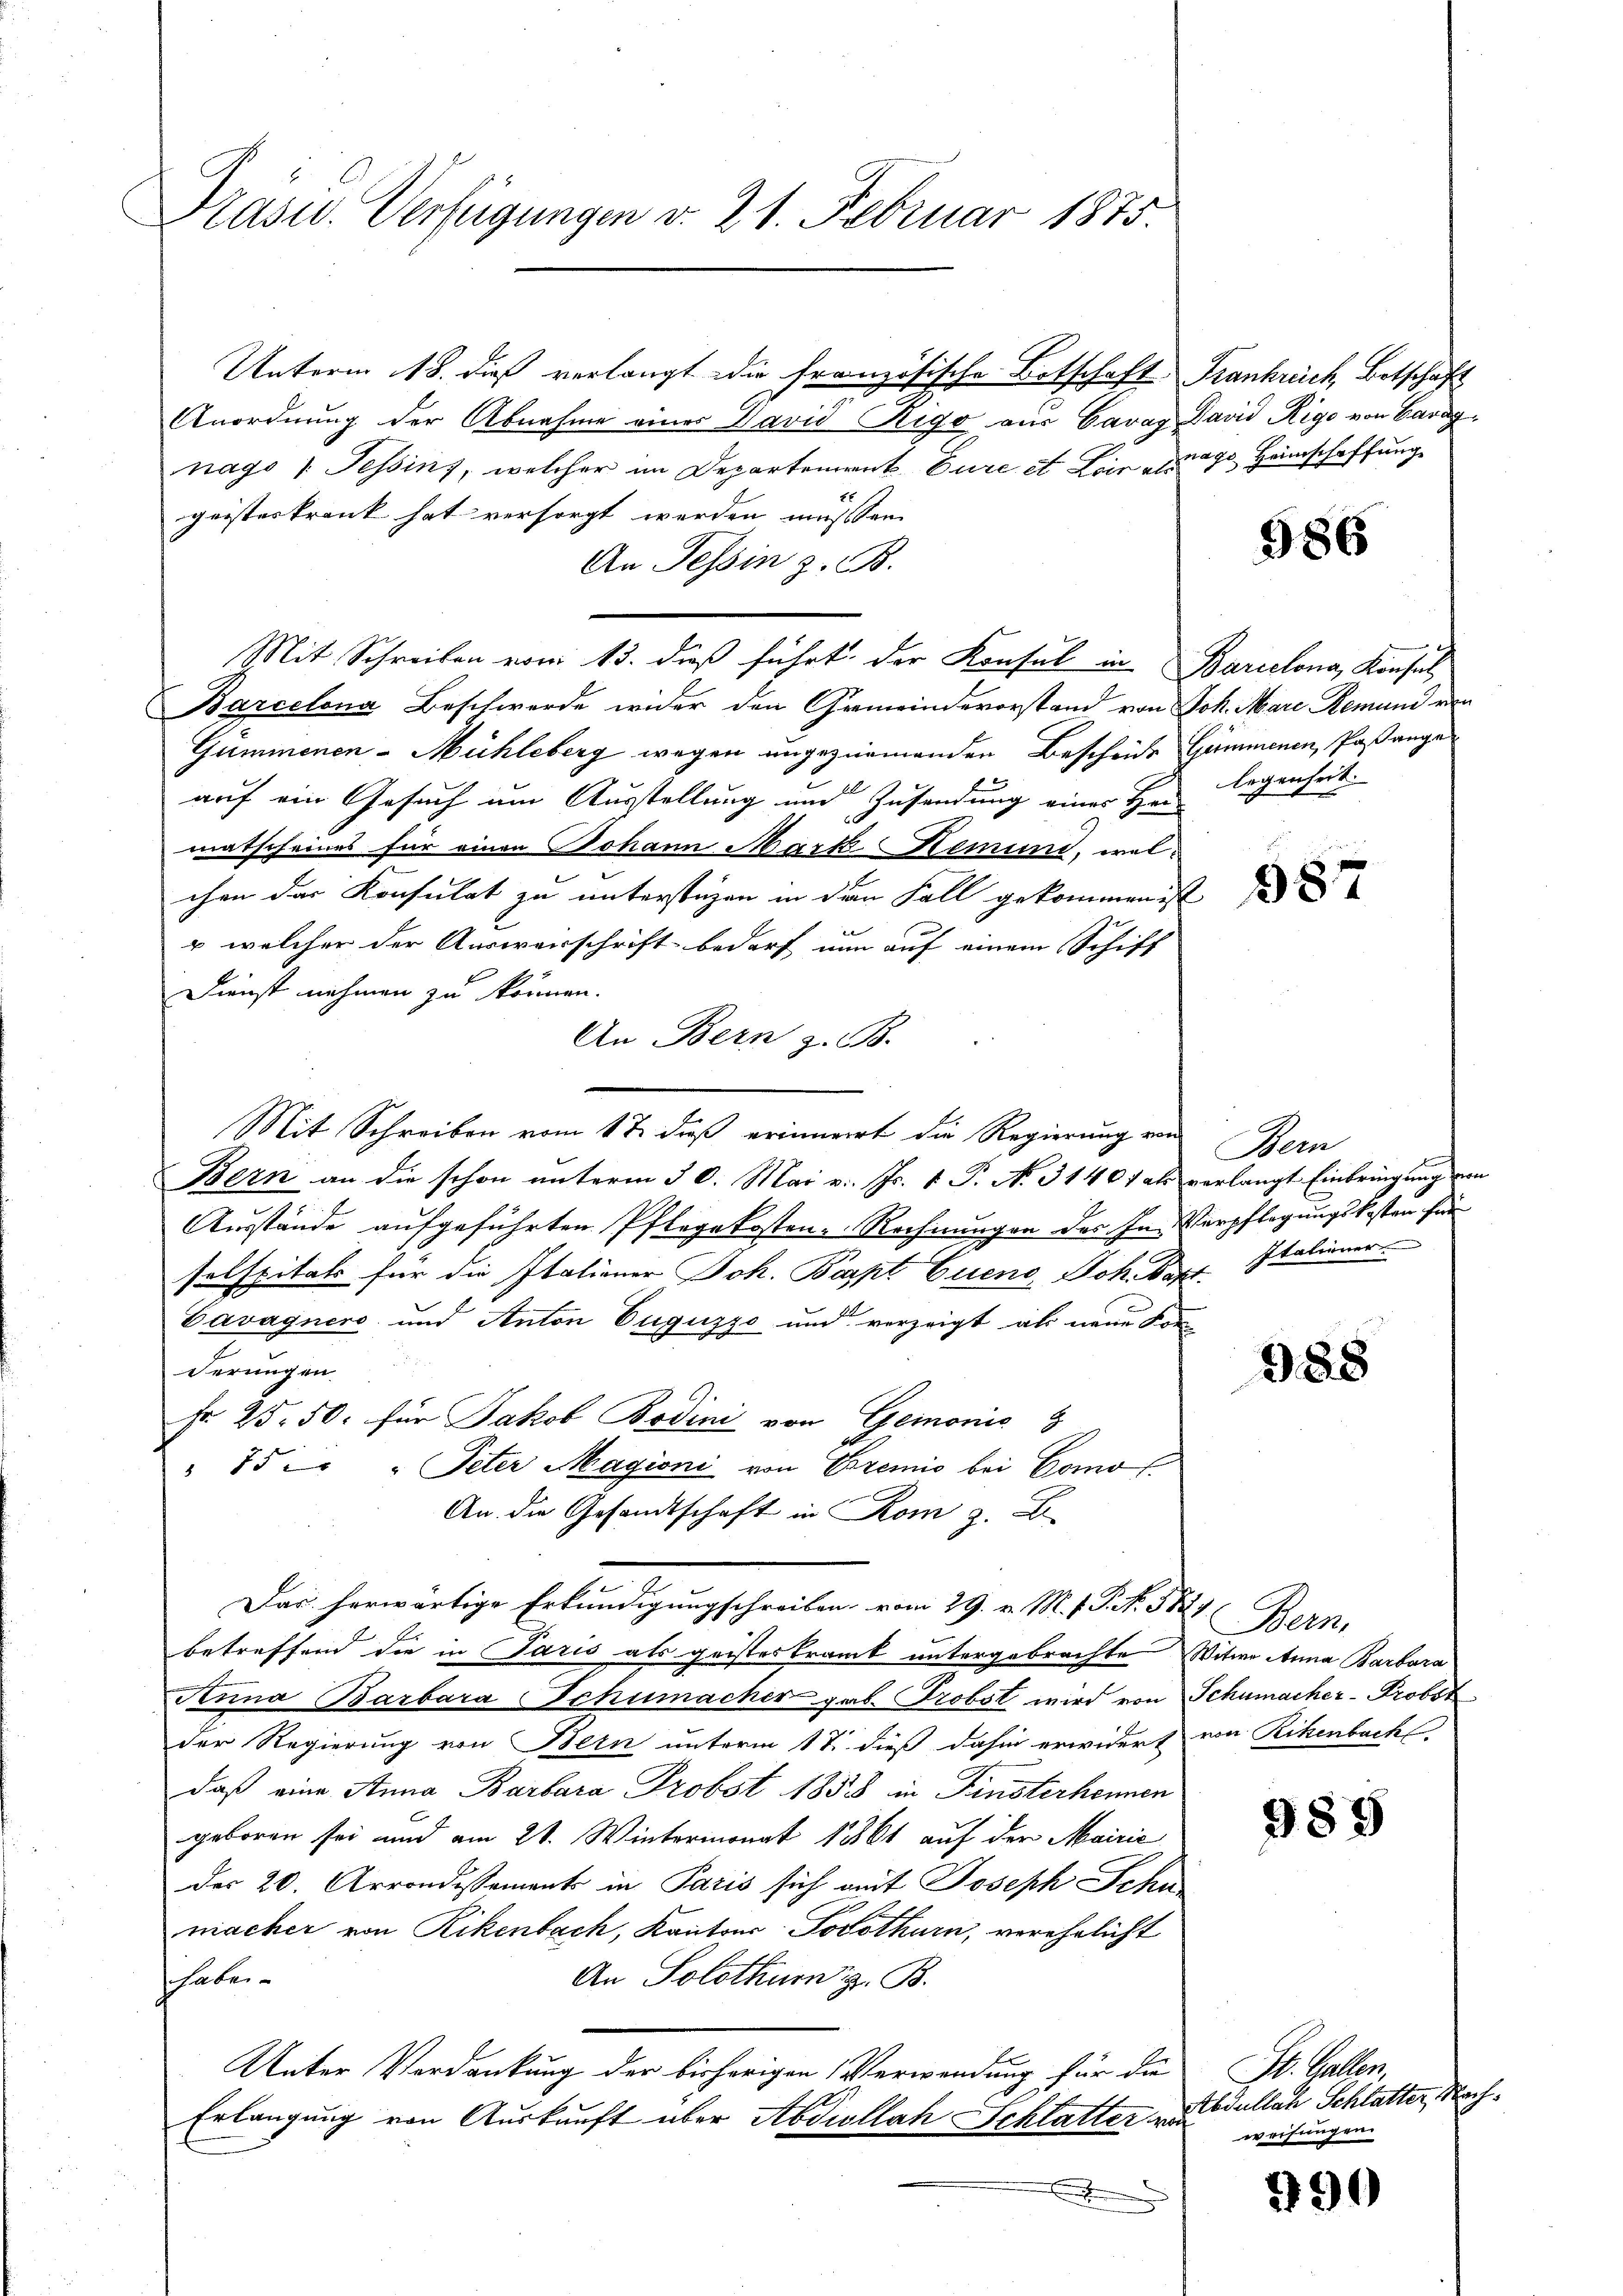
Präses Verfügungen v. 21. Februar 1815.

Unterm 18. dieß verlangt die französische Botschaft Frankreich, Betschaft
Anordnung der Abnahme einer David Rigo aus Caray David Rigo von Caragnags Tessins, welcher im Departement Eure et Lein 190. Heimschaffung
geisteskrank hat versorgt werden müssen.
An Tessin z. B.
Mit Schreiben vom 13. dieß führt der Konsul in Barcelona, Konsul
Barcelona Beschwerde wider den Gemeindevorstand von Joh. Mare Remune ein
Gummenen-Mühleberg wegen ungeziemenden Bescheide Gummenen, Paßangeauf ein Gesuch um Ausstellung und Zusendung einer Hrn legenheit
matscheines für einen Johann Mark Remund, welchen das Konsulat zu unterstüzen in den Fall gekommen ist
x
 welcher der Auswerschrift bedarf nun auf einem Schiff
Dienst nehmen zu können.
An Bern z. B.
Mit Schreiben vom 1 t dieß erinnert die Regierung von
Bern an die schon unterm 30. Mai v. Js. v. P. N. 31401 als verlangt Einbringung an
Ausstände aufgeführten Pflegekosten-Rechnungen des In Verpflegungskosten für
selspitals für die Italiener Joh. Bapt Euene, Joh. Kopf. Italiener
Cavagners und Anton Euguzzo und verzeigt als neue Korderungen.
Fr. 25. 50. für Jakob Bodini von Gemnonis
" 15 " " Peter Magioni von Cremio bei Como
An die Gesandtschaft in Rom z. B.
Das herwärtige Erkundigungschreiben vom 29. v. M. v. P. Nr. 581
betreffend die in Paris als geisteskrank untergebrachte Witwe Anna Barbara
Anna Barbara Schumacher gab. Probst wird von Schumacher-Probst
der Regierung von Bern unterm 17. dieß dahin erwidert
daß eine Anna Barbara Probst 1858 in Finsterkennen
geboren sei und am 21. Wintermonat 1861 auf der Mairić
der 20. Arrondissement in Paris sich mit Joseph Schu
macher von Rikenbach, Kantons Povothurn, verehelicht
An Solothur z. B.
shaben.
Unter Verdankung der bisherigen Verwendung für die
k
Erlangung von Auskunft über Abdillach Schlatter von
e

586

587

Bern

988

Bern,
von Rikenbach

989

M. Mer
Abdullach Schlatter, Ma
weisungen

990

Er